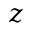
z